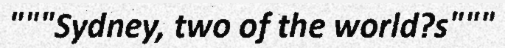
"""Sydney, two of the world?s"""